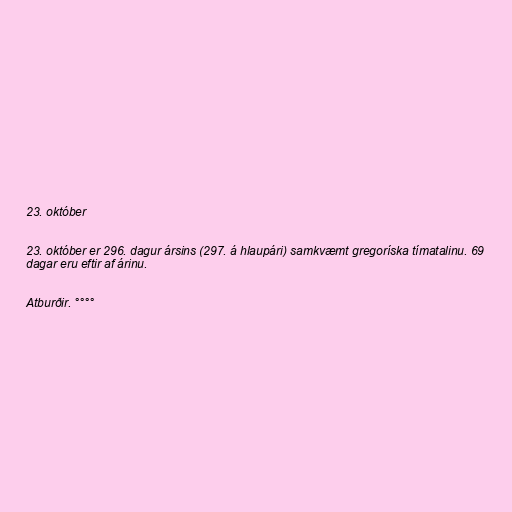
23. október

23. október er 296. dagur ársins (297. á hlaupári) samkvæmt gregoríska tímatalinu. 69
dagar eru eftir af árinu.

Atburðir. °°°°